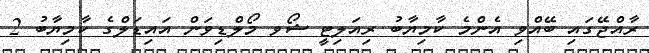
ރާއްޖޭގައި ބޭއްވި އެންމެ ކާމިޔާބު ރިއަލިޓީ ޝޯވ މޯލްޑިވަން އައިޑަލްގެ ކާމިޔާބު 2